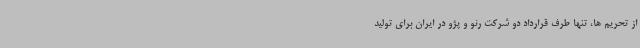
از تحریم ها، تنها طرف قرارداد دو شرکت رنو و پژو در ایران برای تولید